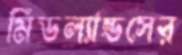
মিডল্যান্ডসের